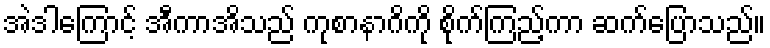
အဲဒါကြောင့် အီကာအိသည် ကုစာနာဂိကို စိုက်ကြည့်ကာ ဆက်ပြောသည်။